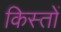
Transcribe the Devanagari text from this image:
किस्‍तों